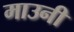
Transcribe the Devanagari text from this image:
माउनी